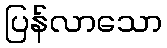
ပြန်လာသော